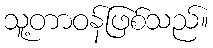
သူ့တာဝန်ဖြစ်သည်။